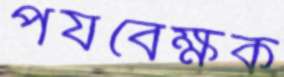
পর্যবেক্ষক